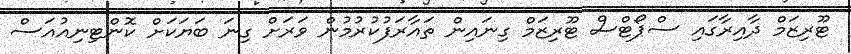
ޓޫރިޒަމް ދާއިރާގައި ސްޕޯޓްސް ޓޫރިޒަމް ގިނައިން ތައާރަފުކުރުމުން ވަރަށް ގިނަ ބަޔަކަށް ކޮންޓިނިއުއަސް